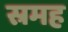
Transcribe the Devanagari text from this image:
स्रमह